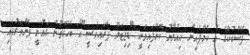
ފޭސްބުކްގެ އެ ކެމްޕެއިން އިއުލާނު ކޮށްފައިވަނީ "ޑިޖިޓަލް ޕްރައިވެސީ"އާ ބެހޭގޮތުން ގައުމީ ފެންވަރުގައި